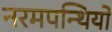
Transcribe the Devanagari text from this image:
नरमपन्थियों